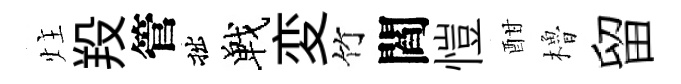
炷羖管拙戰変竹閻愷酣櫓留